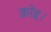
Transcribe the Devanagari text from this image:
कोइ।